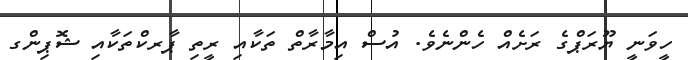
ހީވަނީ ޔޫރަޕްގެ ރަށެއް ހެންނެވެ. އުސް އިމާރާތް ތަކާއި ރީތި ޕާރކްތަކާއި ޝޮޕިންގ